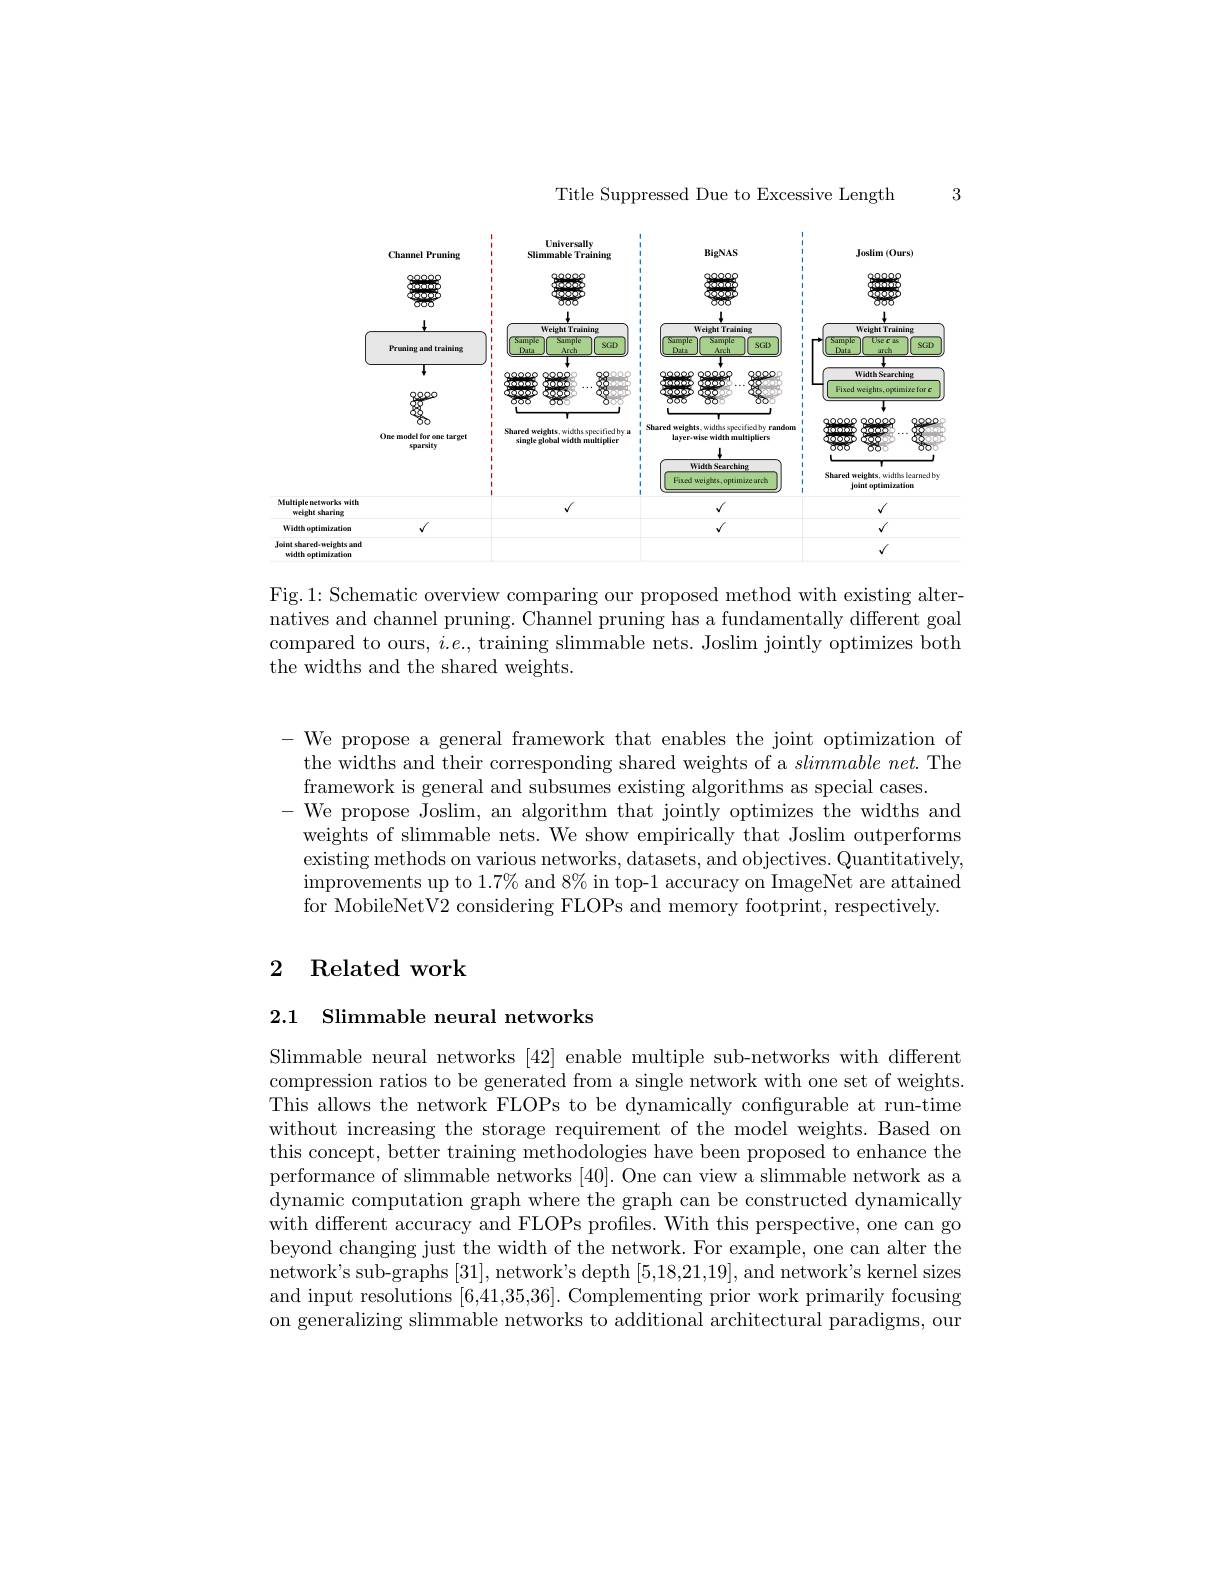
Title Suppressed Due to Excessive Length

3

<FigureHere>

weight Joint shared

widch

Fig.1: Schematic overview comparing our proposed method with existing alter- $\bar{\text{natives and channel pruning. Channel pruning has a fundamentally different goal}}$ compared to ours, $i.e.$, training slimmable nets. Joslim jointly optimizes both the widths and the shared weights.

- We propose a general framework that enables the joint optimization of
the widths and their corresponding shared weights of a slimmable net.The
framework is general and subsumes existing algorithms as special cases.
- We propose Joslim, an algorithm that jointly optimizes the widths and
weights of slimmable nets. We show empirically that Joslim outperforms existing methods on various networks, datasets, and objectives. Quantitatively $\begin{array}{c}\text{improvements up to 1.7\% and 8\% in top-1 accuracy on ImageNet are attained}\\\end{array}$ for MobileNetV2 considering FLOPs and memory footprint, respectively.

## 2 Related work

2.1 Slimmable neural networks

Slimmable neural networks [42] enable multiple sub-networks with different compression ratios to be generated from a single network with one set of weights. This allows the network FLOPs to be dynamically configurable at run-time without increasing the storage requirement of the model weights. Based on this concept, better training methodologies have been proposed to enhance the performance of slimmable networks [40]. One can view a slimmable network as a dynamic computation graph where the graph can be constructed dynamically with different accuracy and FLOPs profiles. With this perspective, one can go beyond changing just the width of the network. For example, one can alter the network's sub-graphs [31],network's depth [5,18,21,19], and network's kernel sizes and input resolutions [6,41,35,36]. Complementing prior work primarily focusing on generalizing slimmable networks to additional architectural paradigms, our